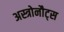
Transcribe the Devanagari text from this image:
अस्त्रोनौट्स